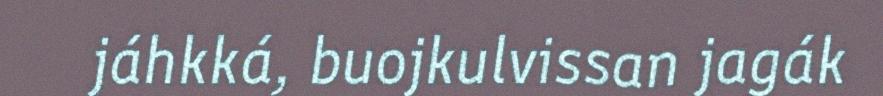
jáhkká, buojkulvissan jagák